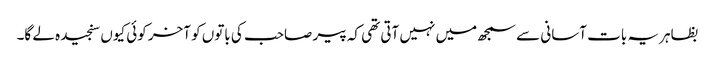
بظاہر یہ بات آسانی سے سمجھ میں نہیں آتی تھی کہ پیر صاحب کی باتوں کو آخر کوئی کیوں سنجیدہ لے گا۔